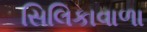
સિલિકાવાળા